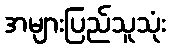
အများပြည်သူသုံး